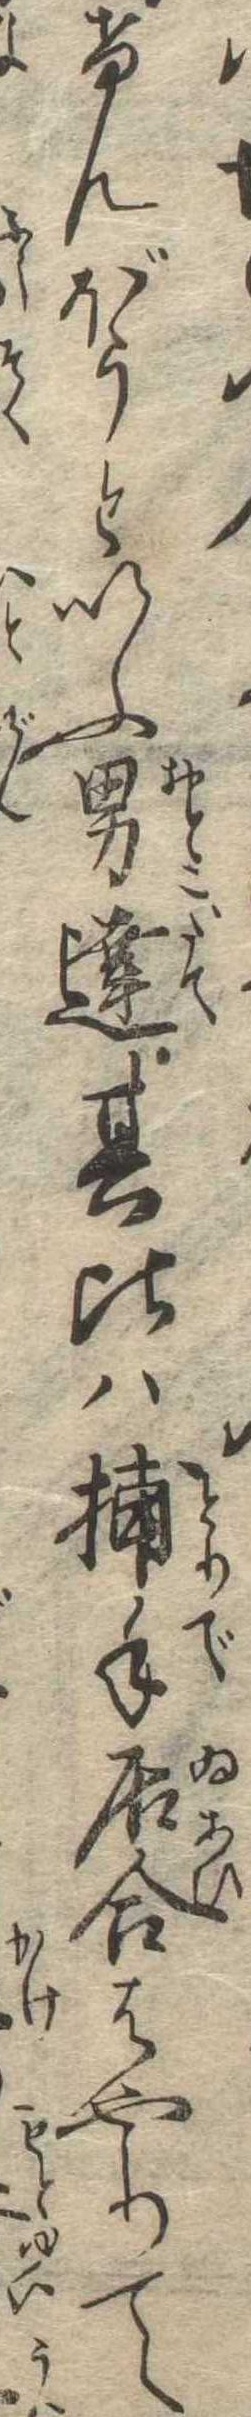
けんぼうといふ男達其比は捕手居合はやりて